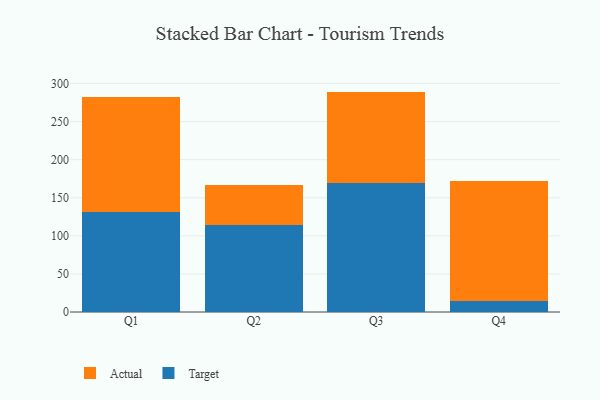
{"axis": {"x": "Quarter", "y": "Inventory Turnover"}, "legend": ["Actual", "Target"], "data": [{"x": "Q1", "y": 131.8, "type": "Target"}, {"x": "Q1", "y": 150.6, "type": "Actual"}, {"x": "Q2", "y": 114.5, "type": "Target"}, {"x": "Q2", "y": 52.2, "type": "Actual"}, {"x": "Q3", "y": 169.2, "type": "Target"}, {"x": "Q3", "y": 120.2, "type": "Actual"}, {"x": "Q4", "y": 14.2, "type": "Target"}, {"x": "Q4", "y": 158.0, "type": "Actual"}]}